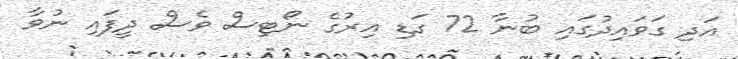
އަދި ގަވައިދުގައި ބުނާ 72 ގަޑި އިރުގެ ނޯޓިސް ވެސް ދީފައި ނުވާ